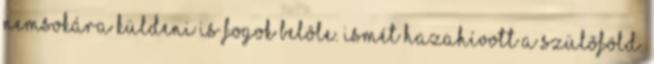
nemsokára küldeni is fogok belõle. Ismét hazahívott a szülõföld.